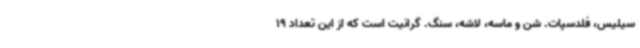
سیلیس، فلدسپات. شن و ماسه، لاشه، سنگ. گرانیت است که از این تعداد 19